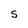
Character: S